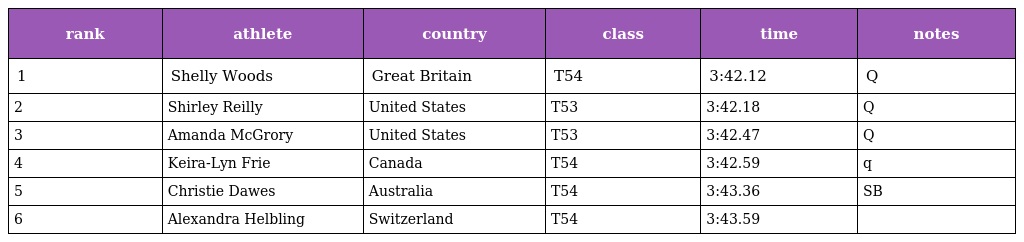
| rank | athlete | country | class | time | notes |
 | --- | --- | --- | --- | --- | --- |
 | 1 | Shelly Woods | Great Britain | T54 | 3:42.12 | Q |
 | 2 | Shirley Reilly | United States | T53 | 3:42.18 | Q |
 | 3 | Amanda McGrory | United States | T53 | 3:42.47 | Q |
 | 4 | Keira-Lyn Frie | Canada | T54 | 3:42.59 | q |
 | 5 | Christie Dawes | Australia | T54 | 3:43.36 | SB |
 | 6 | Alexandra Helbling | Switzerland | T54 | 3:43.59 |  |